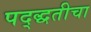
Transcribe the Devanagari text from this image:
पद्द्धतीचा